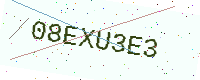
Text: 08EXU3E3